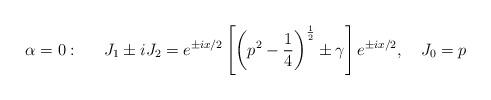
LaTeX: \begin{align*}\alpha =0:\quad \,\,\,J_1\pm iJ_2=e^{\pm ix/2}\left[ \left( p^2-\frac14\right) ^{\frac 12}\pm \gamma \right] e^{\pm ix/2},\quad J_0=p\end{align*}